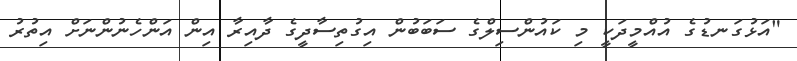
"އަޅުގަނޑުގެ އުއްމީދަކީ މި ކައުންސިލްގެ ސަބަބުން އިގުތިސާދީގެ ދާއިރާ އިން އަންހެނުންނަށް އިތުރު